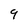
Character: 9